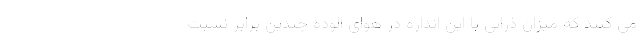
می کنند که میزان ذراتی با این انداره در هوای آلوده چندین برابر نسبت